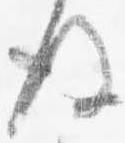
後